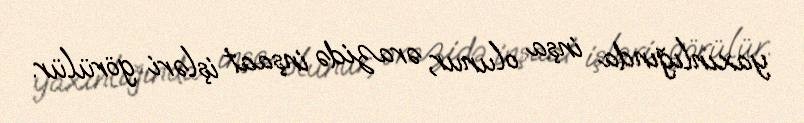
yaxınlığında inşa olunur, ərazidə inşaat işləri görülür.